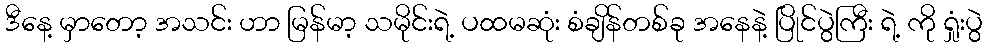
ဒီနေ့ မှာတော့ အသင်း ဟာ မြန်မာ့ သမိုင်းရဲ့ ပထမဆုံး စံချိန်တစ်ခု အနေနဲ့ ပြိုင်ပွဲကြီး ရဲ့ ကို ရှုံးပွဲ